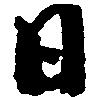
日